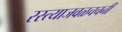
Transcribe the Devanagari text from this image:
रस्त्याजवळचचर्नी